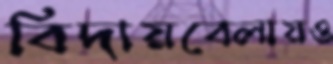
বিদায়বেলায়ও